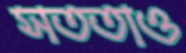
সততাও